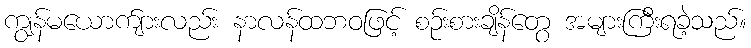
ကျွန်မယောက်ျားလည်း နာလန်ထဘဝဖြင့် စဉ်းစားချိန်တွေ အများကြီးရခဲ့သည်။